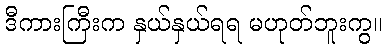
ဒီကားကြီးက နှယ်နှယ်ရရ မဟုတ်ဘူးကွ။